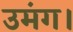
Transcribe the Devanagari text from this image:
उमंग।